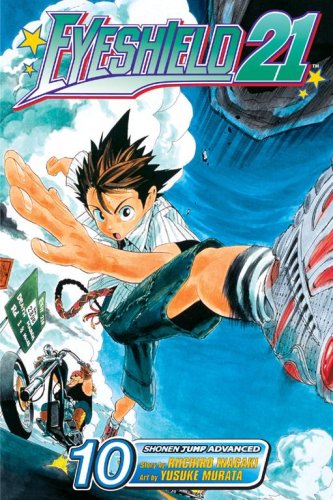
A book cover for Eyeshield 21, Volume 10; Riichiro Inagaki; Comics & Graphic Novels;